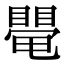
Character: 𥋁